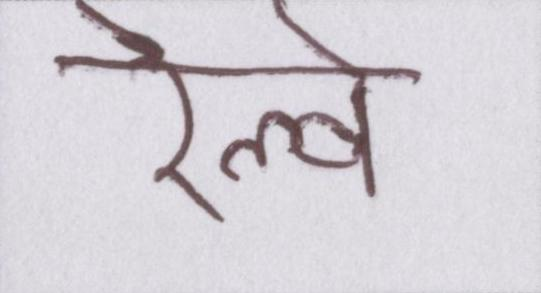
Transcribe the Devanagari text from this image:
रेल्वे